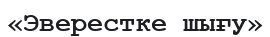
«Эверестке шығу»